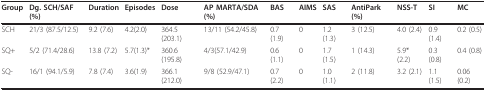
<table><thead><tr><td><b>Group</b></td><td><b>Dg. SCH/SAF (%)</b></td><td><b>Duration</b></td><td><b>Episodes</b></td><td><b>Dose</b></td><td><b>AP MARTA/SDA(%)</b></td><td><b>BAS</b></td><td><b>AIMS</b></td><td><b>SAS</b></td><td><b>AntiPark (%)</b></td><td><b>NSS-T</b></td><td><b>SI</b></td><td><b>MC</b></td></tr></thead><tbody><tr><td>SCH</td><td>21/3 (87.5/12.5)</td><td>9.2 (7.6)</td><td>4.2(2.0)</td><td>364.5 (203.1)</td><td>13/11 (54.2/45.8)</td><td>0.7 (1.9)</td><td>0</td><td>1.2 (1.3)</td><td>3 (12.5)</td><td>4.0 (2.4)</td><td>0.9 (1.4)</td><td>0.2 (0.5)</td></tr><tr><td>SQ+</td><td>5/2 (71.4/28.6)</td><td>13.8 (7.2)</td><td>5.7(1.3)*</td><td>360.6 (195.8)</td><td>4/3(57.1/42.9)</td><td>0.6 (1.1)</td><td>0</td><td>1.7 (1.5)</td><td>1 (14.3)</td><td>5.9* (2.2)</td><td>0.3 (0.8)</td><td>0.4 (0.8)</td></tr><tr><td>SQ-</td><td>16/1 (94.1/5.9)</td><td>7.8 (7.4)</td><td>3.6(1.9)</td><td>366.1 (212.0)</td><td>9/8 (52.9/47.1)</td><td>0.7 (2.2)</td><td>0</td><td>1.0 (1.1)</td><td>2 (11.8)</td><td>3.2 (2.1)</td><td>1.1 (1.5)</td><td>0.06 (0.2)</td></tr></tbody></table>